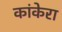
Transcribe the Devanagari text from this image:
कांकेरा